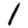
Digit: 1